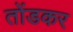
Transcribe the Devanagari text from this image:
तोंडकर